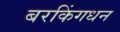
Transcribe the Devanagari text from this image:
बरकिंगधन